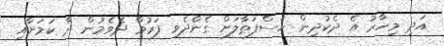
އަދި މިހާރު އެ ދެކުދިން ހަސްފަތާލަށް ގެންެދެވި ފަރުވާ ދެވެމުން ދާ ކަމަށާއި